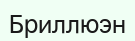
Бриллюэн